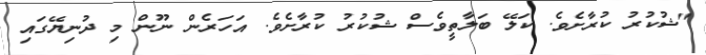
"ޝުކުރު ކުރާށެވެ. ކަލޭ ބަލާތީވެސް ޝުކުރު ކުރާށެވެ. އަހަރެން ނޫން މި ދުނިޔޭގައި